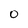
Character: O